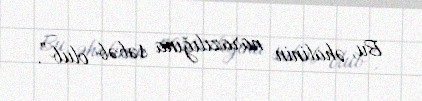
Bu, əhalinin narazılığına səbəb olub”.